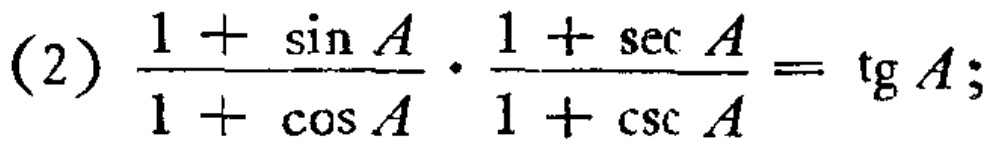
(2) \(\frac{1 + \sin A}{1 + \cos A} \cdot \frac{1 + \sec A}{1 + \csc A}= \tg A\);